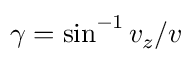
\gamma = \sin ^ { - 1 } v _ { z } / v